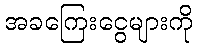
အခကြေးငွေများကို